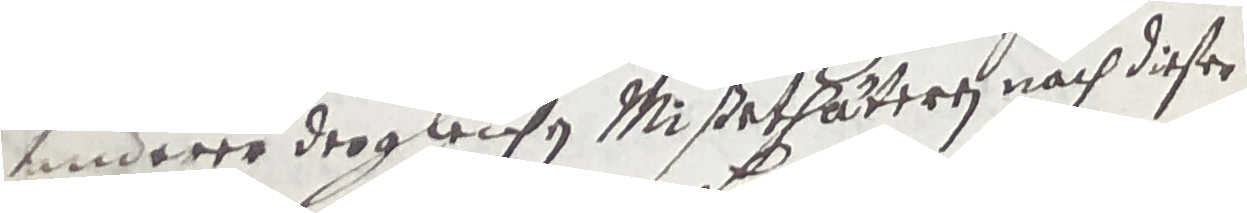
anderer dergleichen mißethuteren nach dieser